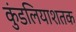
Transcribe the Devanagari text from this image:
कुंडलियाशतक